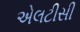
એલટીસી